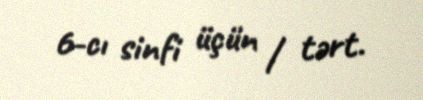
6-cı sinfi üçün / tərt.